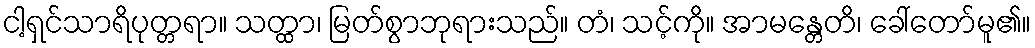
ငါ့ရှင်သာရိပုတ္တရာ။ သတ္ထာ၊ မြတ်စွာဘုရားသည်။ တံ၊ သင့်ကို။ အာမန္တေတိ၊ ခေါ်တော်မူ၏။